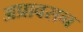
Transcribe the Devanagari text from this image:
अप्रावसन